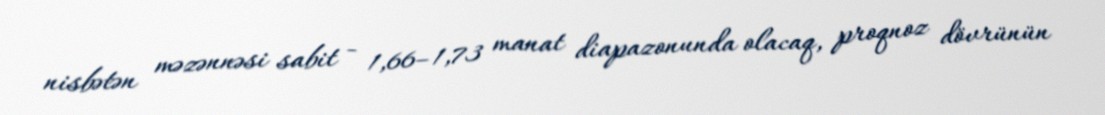
nisbətən məzənnəsi sabit - 1,66–1,73 manat diapazonunda olacaq, proqnoz dövrünün